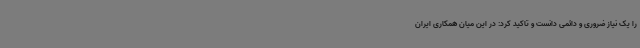
را یک نیاز ضروری و دائمی دانست و تاکید کرد: در این میان همکاری ایران